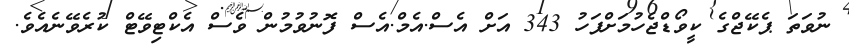
ނުވަތަ ޕެކޭޖްގެ ކީވޯޑްޖެހުމަށްފަހު 343 އަށް އެސް.އެމް.އެސް ފޮނުވުމުން ވެސް އެކްޓިވޭޓް ކުރެވޭނެއެވެ.